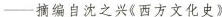
--摘编自沈之兴《西方文化史》